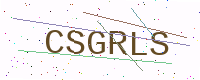
Text: CSGRLS